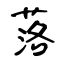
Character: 落